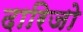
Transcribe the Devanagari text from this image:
दारिजो